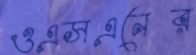
ওএসএনের